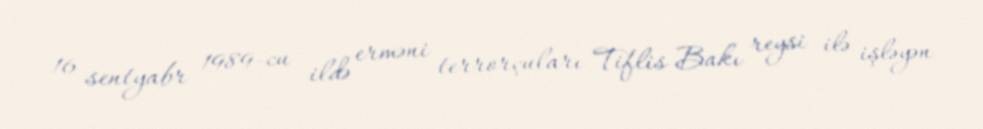
16 sentyabr 1989-cu ildə erməni terrorçuları Tiflis-Bakı reysi ilə işləyən